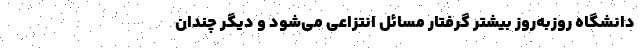
دانشگاه روز‌به‌روز بیشتر گرفتار مسائل انتزاعی می‌شود و دیگر چندان